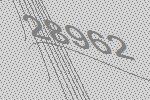
28962